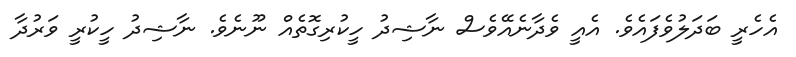
އެހެރީ ބަދަލުވެފައެވެ. އެއީ ވެދާނެއޭވެސް ނާޝިދު ހީކުރިގޮތެއް ނޫނެވެ. ނާޝިދު ހީކުރީ ވަރުދާ